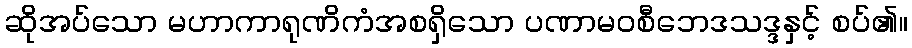
ဆိုအပ်သော မဟာကာရုဏိကံအစရှိသော ပဏာမဝစီဘေဒသဒ္ဒနှင့် စပ်၏။